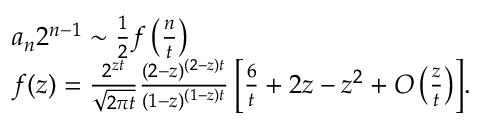
\begin{array} { r l } & { a _ { n } 2 ^ { n - 1 } \sim \frac { 1 } { 2 } f \left( \frac { n } { t } \right) } \\ & { f ( z ) = \frac { 2 ^ { z t } } { \sqrt { 2 \pi t } } \frac { ( 2 - z ) ^ { ( 2 - z ) t } } { ( 1 - z ) ^ { ( 1 - z ) t } } \left[ \frac { 6 } { t } + 2 z - z ^ { 2 } + O \left( \frac { z } { t } \right) \right] \! . } \end{array}